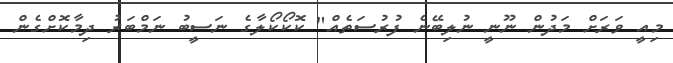
މިއީ ވަރަށް މަދުން ނޫނީ ނުލިބޭނެ ފުރުސަތެއް" ކޮކޯކޯލާގެ ނަސީބު ނަމްބަރު ދިމާކޮށްގެން